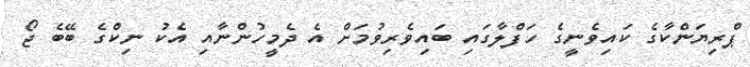
ޕްރިޔަންކާގެ ކައިވެނީގެ ހަފްލާގައި ބައިވެރިވުމަށް އެ ދެމީހުންނާއި އެކު ނިކްގެ ބޭބެ ޖޯ